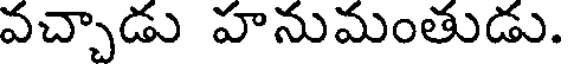
వచ్చాడు హనుమంతుడు.